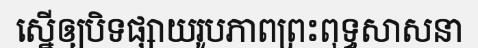
ស្នើឲ្យបិទផ្សាយរូបភាពព្រះពុទ្ធសាសនា